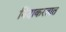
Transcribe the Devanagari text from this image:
निंदाकरतात